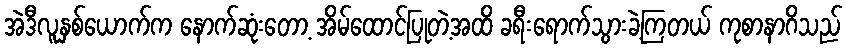
အဲဒီလူနှစ်ယောက်က နောက်ဆုံးတော့ အိမ်ထောင်ပြုတဲ့အထိ ခရီးရောက်သွားခဲ့ကြတယ် ကုစာနာဂိသည်